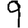
Digit: 9